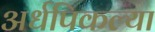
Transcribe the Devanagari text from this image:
अर्धपिकल्या